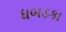
ધબડકા